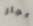
ايجار